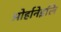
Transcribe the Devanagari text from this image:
ओर्हानेइलि